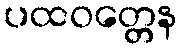
ပထဝတ္တေန